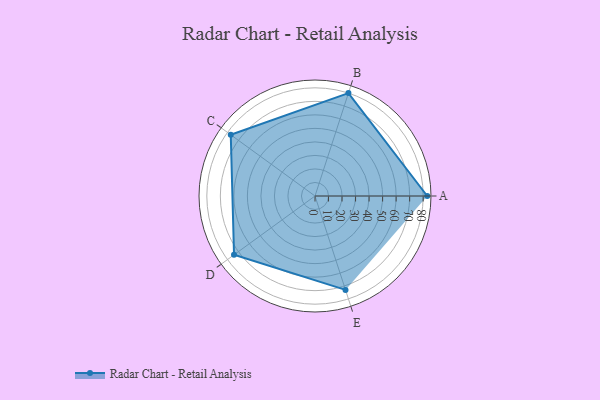
{"axis": {"x": "Skill", "y": "Score"}, "legend": ["Profile"], "data": [{"x": "A", "y": 83.0, "type": "Profile"}, {"x": "B", "y": 80.0, "type": "Profile"}, {"x": "C", "y": 77.0, "type": "Profile"}, {"x": "D", "y": 74.0, "type": "Profile"}, {"x": "E", "y": 73.0, "type": "Profile"}]}